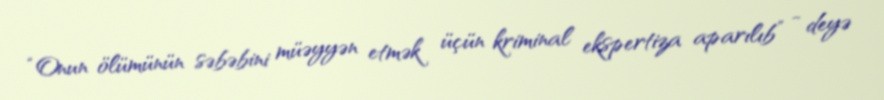
“Onun ölümünün səbəbini müəyyən etmək üçün kriminal ekspertiza aparılıb” - deyə